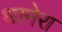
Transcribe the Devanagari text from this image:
धानेरा